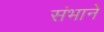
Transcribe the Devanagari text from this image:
संभाने